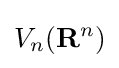
V_{n}(\mathbf {R} ^{n})